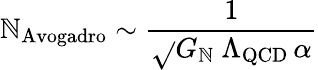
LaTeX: \mathbb{N}_{\mathrm{{Avogadro}}}\sim{\frac{{1}}{{\sqrt{}{{G_{\mathbb{N}}}}\ \Lambda_{\mathrm{{QCD}}}\, \alpha}}}